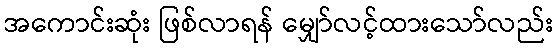
အကောင်းဆုံး ဖြစ်လာရန် မျှော်လင့်ထားသော်လည်း